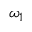
\omega _ { 1 }